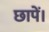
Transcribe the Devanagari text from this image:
छापें।